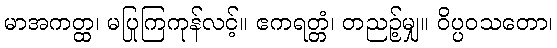
မာအကတ္ထ၊ မပြုကြကုန်လင့်။ ဧကရတ္တံ၊ တညဉ့်မျှ။ ဝိပ္ပဝသတော၊